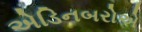
એડિનબરોએ